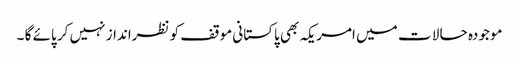
موجودہ حا لا ت میں امریکہ بھی پاکستانی موقف کو نظرانداز نہیں کر پائے گا ۔